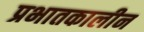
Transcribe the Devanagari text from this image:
प्रभातकालीन